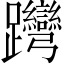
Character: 𨈊